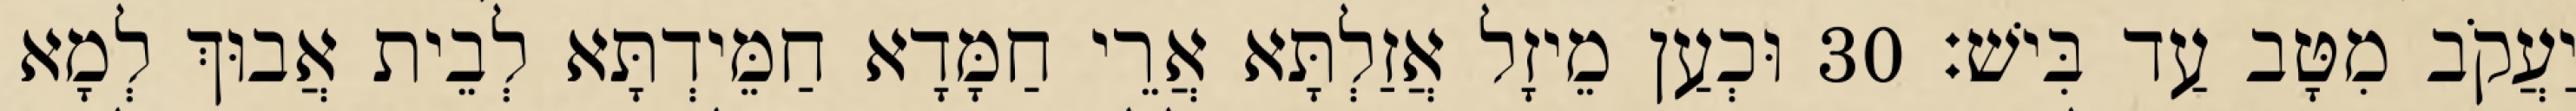
יַעֲקֹב מִטָּב עַד בִּישׁ׃ 30 וּכְעַן מֵיזָל אֲזַלְתָּא אֲרֵי חַמָּדָא חַמֵּידְתָּא לְבֵית אֲבוּךְ לְמָא